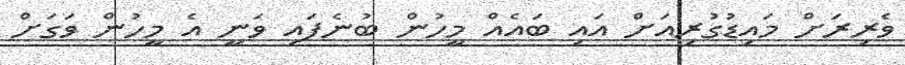
ވެރިރަށް މައިޑުގުރިއަށް އައި ބައެއް މީހުން ބުނެފައި ވަނީ އެ މީހުން ވަގަށް